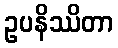
ဥပနိဿိတာ